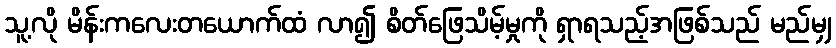
သူ့လို မိန်းကလေးတယောက်ထံ လာ၍ စိတ်ဖြေသိမ့်မှုကို ရှာရသည့်အဖြစ်သည် မည်မျှ